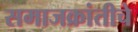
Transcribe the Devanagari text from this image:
समाजक्रांतीचे